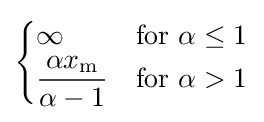
{\begin{cases}\infty &{\text{for }}\alpha \leq 1\\{\dfrac {\alpha x_{\mathrm {m} }}{\alpha -1}}&{\text{for }}\alpha >1\end{cases}}